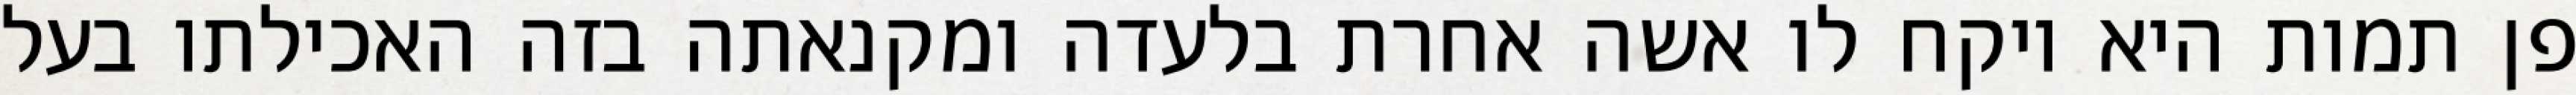
פן תמות היא ויקח לו אשה אחרת בלעדה ומקנאתה בזה האכילתו בעל